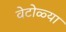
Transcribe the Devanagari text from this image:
वेटोळ्या